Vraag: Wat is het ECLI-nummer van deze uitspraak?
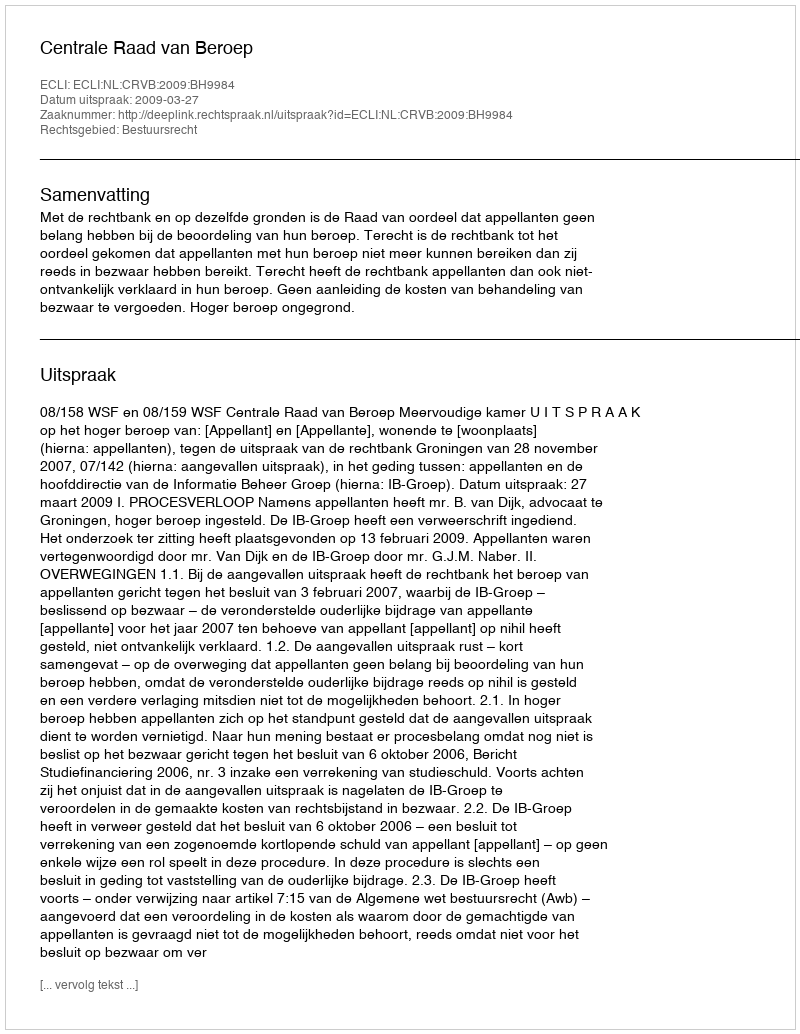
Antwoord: ECLI:NL:CRVB:2009:BH9984